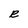
Character: R